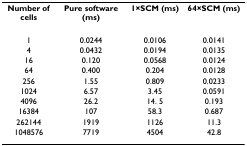
| Number of cells | Pure software (ms) | 1×SCM (ms) | 64×SCM (ms) |
 | --- | --- | --- | --- |
 | 1 | 0.0244 | 0.0106 | 0.0141 |
 | 4 | 0.0432 | 0.0194 | 0.0135 |
 | 16 | 0.120 | 0.0568 | 0.0124 |
 | 64 | 0.400 | 0.204 | 0.0128 |
 | 256 | 1.55 | 0.809 | 0.0233 |
 | 1024 | 6.57 | 3.45 | 0.0591 |
 | 4096 | 26.2 | 14. 5 | 0.193 |
 | 16384 | 107 | 58.3 | 0.687 |
 | 262144 | 1919 | 1126 | 11.3 |
 | 1048576 | 7719 | 4504 | 42.8 |